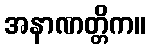
အနာဏတ္တိက။